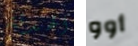
الهدنة أوو